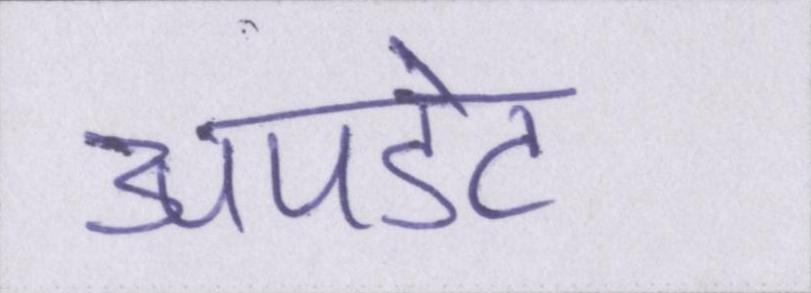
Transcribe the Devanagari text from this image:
अपडेट